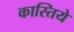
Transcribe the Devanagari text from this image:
कास्तिये